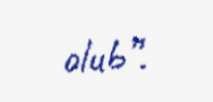
olub”.